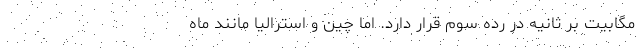
مگابیت بر ثانیه در رده سوم قرار دارد. اما چین و استرالیا مانند ماه